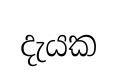
දැයක